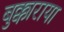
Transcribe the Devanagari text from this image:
बुक्काराया